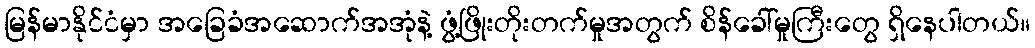
မြန်မာနိုင်ငံမှာ အခြေခံအဆောက်အအုံနဲ့ ဖွံ့ဖြိုးတိုးတက်မှုအတွက် စိန်ခေါ်မှုကြီးတွေ ရှိနေပါတယ်။